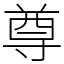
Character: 尊